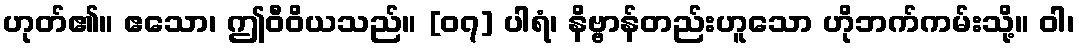
ဟုတ်၏။ ဧသော၊ ဤဝီဝိယသည်။ [၀၇] ပါရံ၊ နိဗ္ဗာန်တည်းဟူသော ဟိုဘက်ကမ်းသို့။ ဝါ၊